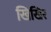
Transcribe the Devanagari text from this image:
खिखिर